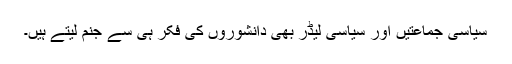
سیاسی جماعتیں اور سیاسی لیڈر بھی دانشوروں کی فکر ہی سے جنم لیتے ہیں۔